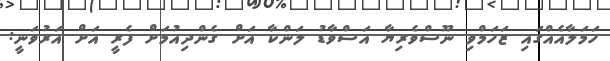
ހަމަލާއެއްގައި ޒަހަމްވި ނޫސްވެރިޔާ އަސްވާޑު ލަންކާ އަށް ގެންދިއުމަށް ފެރީ އަށް އަރުވަނީ: